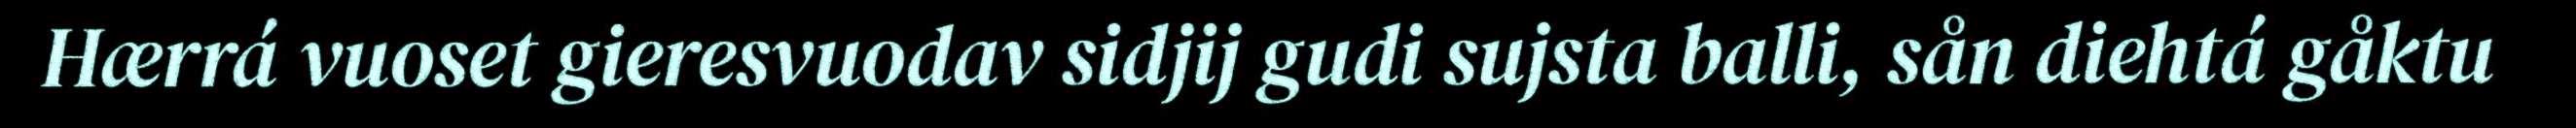
Hærrá vuoset gieresvuodav sidjij gudi sujsta balli, sån diehtá gåktu